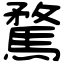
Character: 騖